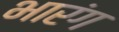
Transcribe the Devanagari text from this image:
भारंग